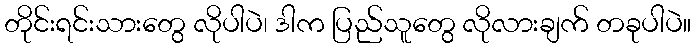
တိုင်းရင်းသားတွေ လိုပါပဲ၊ ဒါက ပြည်သူတွေ လိုလားချက် တခုပါပဲ။